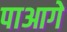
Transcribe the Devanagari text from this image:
पाआगे